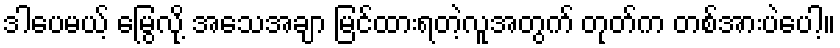
ဒါပေမယ့် မြွေလို့ အသေအချာ မြင်ထားရတဲ့လူအတွက် တုတ်က တစ်အားပဲပေါ့။